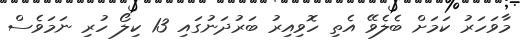
މާވަހަރު ކަމަށް ބެލެވޭ އެތި ހޮވިއިރު ބަރުދަނުގައި 13 ކިލޯ ހުރި ނަމަވެސް